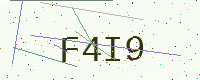
Text: F4I9